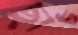
ছাঁচ